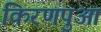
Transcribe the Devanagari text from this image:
किरणपुआ